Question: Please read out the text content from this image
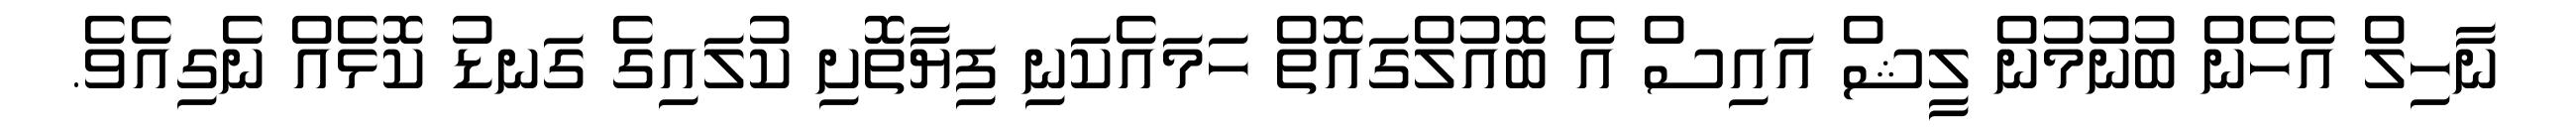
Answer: ނާހިލް އެހެން ބުނުމުން ލީޝް އައިސް އެ ބޮއުލްގައޮތް ހަމައެކަނި ފިޔާތޮށި ކުލައިގެ ގަނޑު ކޮޅެއް ނެގިއެވެ.